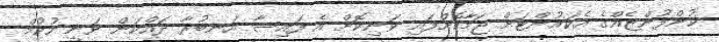
ކުންފުންޏެއްގެ އެކައުންޓަށް ޖަމާކޮށްފައި ވަނިކޮށް އެ ފައިސާ އަނބުރާ ދައްކަން ވަނީ ހުކުމް